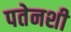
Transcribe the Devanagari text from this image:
पतेनशी